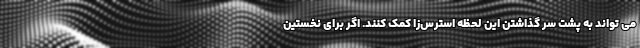
می تواند به پشت سر گذاشتن این لحظه استرس‌زا کمک کنند. اگر برای نخستین